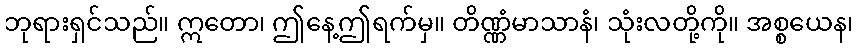
ဘုရားရှင်သည်။ ဣတော၊ ဤနေ့ဤရက်မှ။ တိဏ္ဏံမာသာနံ၊ သုံးလတို့ကို။ အစ္စယေန၊